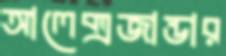
আলেক্সজান্ডার